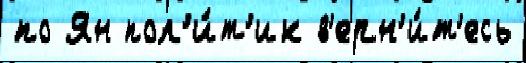
по Ян пол'и́т'ик в'ерн'и́т'есь